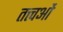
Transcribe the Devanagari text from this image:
तत्त्वओं